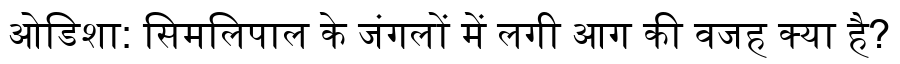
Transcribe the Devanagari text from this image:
ओडिशा: सिमलिपाल के जंगलों में लगी आग की वजह क्या है?